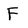
Character: F